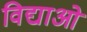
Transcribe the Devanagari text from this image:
विद्याओ